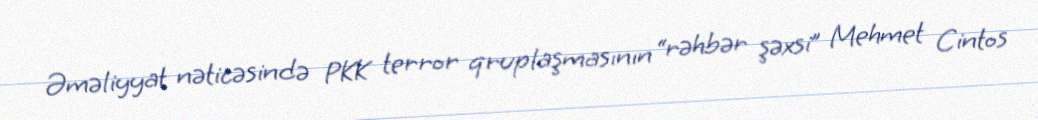
Əməliyyat nəticəsində PKK terror qruplaşmasının “rəhbər şəxsi” Mehmet Cintos